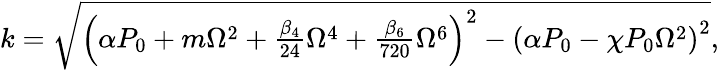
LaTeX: \begin{array}{r}{k=\sqrt{\left(\alpha P_{0}+m\Omega^{2}+\frac{\beta_{4}}{24}\Omega^{4}+\frac{\beta_{6}}{720}\Omega^{6}\right)^{2}-\left(\alpha P_{0}-\chi P_{0}\Omega^{2}\right)^{2}},}\end{array}